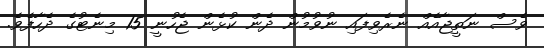
ވެސް ނަތީޖާއެއް ނެރެވިފައި ނުވުމުން ދެން ކުޅެން ޖެހުނީ 15 މިނެޓުގެ ދެހާފެވެ.